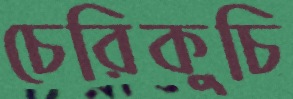
চেরিকুচি